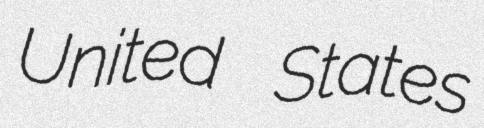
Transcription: United States